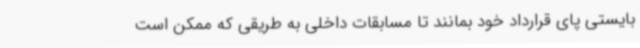
بایستی پای قرارداد خود بمانند تا مسابقات داخلی به طریقی که ممکن است